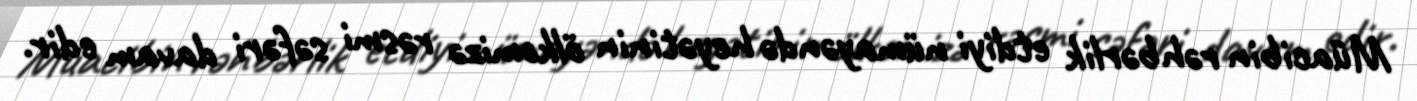
Müacibin rəhbərlik etdiyi nümayəndə heyətinin ölkəmizə rəsmi səfəri davam edir.